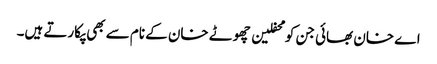
اے خان بھائی جن کو محفلین چھوٹے خان کے نام سے بھی پکارتے ہیں۔